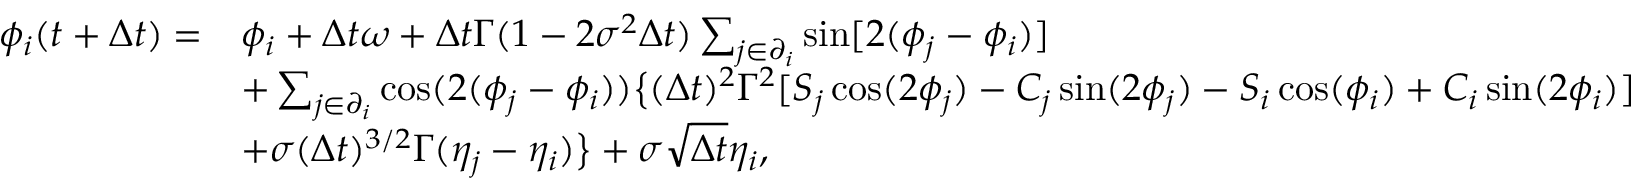
\begin{array} { r l } { \phi _ { i } ( t + \Delta t ) = } & { \phi _ { i } + \Delta t \omega + \Delta t \Gamma ( 1 - 2 \sigma ^ { 2 } \Delta t ) \sum _ { j \in \partial _ { i } } \sin [ 2 ( \phi _ { j } - \phi _ { i } ) ] } \\ & { + \sum _ { j \in \partial _ { i } } \cos ( 2 ( \phi _ { j } - \phi _ { i } ) ) \big \{ ( \Delta t ) ^ { 2 } \Gamma ^ { 2 } [ S _ { j } \cos ( 2 \phi _ { j } ) - C _ { j } \sin ( 2 \phi _ { j } ) - S _ { i } \cos ( \phi _ { i } ) + C _ { i } \sin ( 2 \phi _ { i } ) ] } \\ & { + \sigma ( \Delta t ) ^ { 3 / 2 } \Gamma ( \eta _ { j } - \eta _ { i } ) \big \} + \sigma \sqrt { \Delta t } \eta _ { i } , } \end{array}